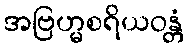
အဗြဟ္မစရိယဝန္တံ